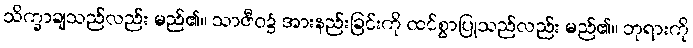
သိက္ခာချသည်လည်း မည်၏။ သာဇီဝ၌ အားနည်းခြင်းကို ထင်စွာပြုသည်လည်း မည်၏။ ဘုရားကို